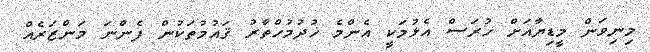
މިނިވަން މީޑިޔާއަށް ހުރަސް އެޅުމަކީ އެންމެ ޚުދުމުހްތާރު ޤައުމުތަކުން ފެންނަ މަންޒަރެއް